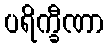
ပရိက္ခီဏာ